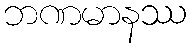
ဘဏမာနဿ